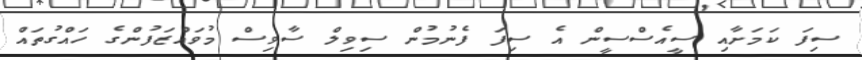
ސިފަ ކަމަށާއި ސީއެސްސީން އެ ސިފަ ފެނުމުން ސިވިލް ސާވިސް މުވައްޒަފުންގެ ހައްގުތައް